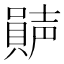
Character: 𡁩